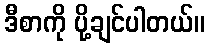
ဒီစာကို ပို့ချင်ပါတယ်။